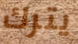
يترك